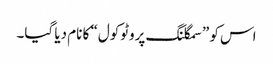
اس کو ”سمگلنگ پروٹوکول“ کا نام دیا گیا۔